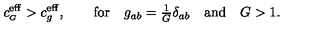
c _ { \scriptscriptstyle G } ^ { \mathrm { e f f } } > c _ { g } ^ { \mathrm { e f f } } , \qquad \mathrm { f o r } \quad g _ { a b } = { \textstyle \frac { 1 } { G } } \delta _ { a b } \quad \mathrm { a n d } \quad G > 1 .